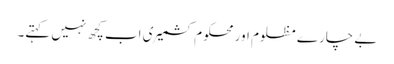
بے چارے مظلوم اور محکوم کشمیری اب کچھ نہیں کہتے۔